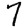
Digit: 7